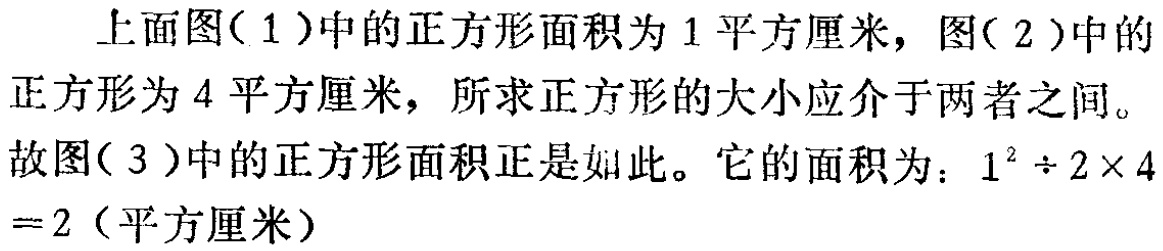
上面图(1)中的正方形面积为1平方厘米，图(2)中的

正方形为4平方厘米，所求正方形的大小应介于两者之间。

故图(3)中的正方形面积正是如此。它的面积为：\(1^{2}\div 2\times 4\)

\(=2\)（平方厘米）